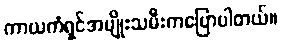
ကာယကံရှင်အမျိုးသမီးကပြောပါတယ်။